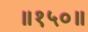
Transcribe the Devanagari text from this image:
॥१५०॥